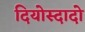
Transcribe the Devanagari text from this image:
दियोस्दादो